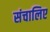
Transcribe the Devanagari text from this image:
संचालिए